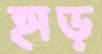
হাড়